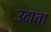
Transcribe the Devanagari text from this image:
उदात्ता